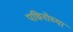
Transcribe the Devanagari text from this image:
पचिनोच्या